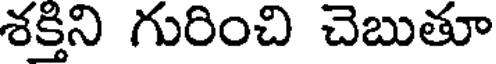
శక్తిని గురించి చెబుతూ